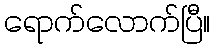
ရောက်လောက်ပြီ။